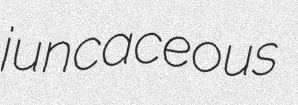
juncaceous